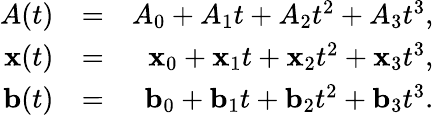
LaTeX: \begin{array}{rlr}{A(t)}&{=}&{A_{0}+A_{1}t+A_{2}t^{2}+A_{3}t^{3},}\\ {{\mathbf x}(t)}&{=}&{{\mathbf x}_{0}+{\mathbf x}_{1}t+{\mathbf x}_{2}t^{2}+{\mathbf x}_{3}t^{3},}\\ {{\mathbf b}(t)}&{=}&{{\mathbf b}_{0}+{\mathbf b}_{1}t+{\mathbf b}_{2}t^{2}+{\mathbf b}_{3}t^{3}.}\end{array}